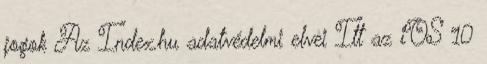
jogok Az Index.hu adatvédelmi elvei Itt az iOS 10